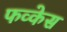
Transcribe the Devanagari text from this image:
फव्केस